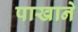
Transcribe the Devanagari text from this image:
पाखाने